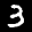
Label: 3